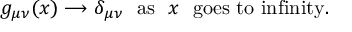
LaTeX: g _ { \mu \nu } ( x ) \longrightarrow \delta _ { \mu \nu } \ \ \mathrm { a s } \ \ x \ \ \mathrm { g o e s \ t o \ i n f i n i t y . }